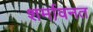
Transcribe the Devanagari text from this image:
शर्मावनत